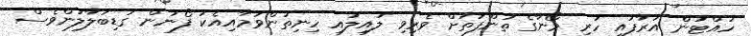
ހުއްޓުން އަރާފައި ހުރި މޯނާގެ ތުންފަތަށް ވެރިވި ލުއިލުއި ހިނިތުންވުމާއިއެކު ފޯނުން ގަޑިބަލާލަންވެސް